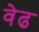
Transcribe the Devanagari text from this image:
वेढ